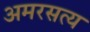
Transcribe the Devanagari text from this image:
अमरसत्य